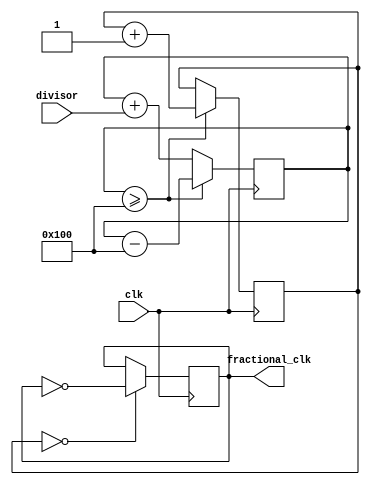
module fractional_clock_divider(
    input wire clk,
    input wire [7:0] divisor,
    output reg fractional_clk
);

reg [7:0] counter;
reg [15:0] accumulator;

always @(posedge clk) begin
    accumulator <= accumulator + divisor;
    if (accumulator >= 256) begin
        accumulator <= accumulator - 256;
        counter <= counter + 1;
    end
    if (counter == 0) begin
        fractional_clk <= ~fractional_clk;
    end
end

endmodule